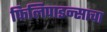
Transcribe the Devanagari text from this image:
फिलिपाइन्साचा